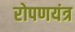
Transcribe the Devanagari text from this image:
रोपणयंत्र